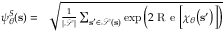
\begin{array} { r l } { \psi _ { \boldsymbol \theta } ^ { S } ( \mathbf { s } ) = } & { { } \sqrt { \frac { 1 } { | \mathcal { S } | } \sum _ { \mathbf { s ^ { \prime } } \in \mathcal { S } ( \mathbf { s } ) } \exp \Big ( 2 \mathrm { ~ R ~ e ~ } \Big [ \chi _ { \boldsymbol \theta } \big ( \mathbf { s ^ { \prime } } \big ) \Big ] \Big ) } } \end{array}